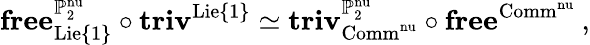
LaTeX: \mathbf{free}_{\mathrm{Lie}\{ 1\} }^{\mathbb{P}_{2}^{\mathrm{nu}}}\circ\mathbf{triv}^{\mathrm{Lie}\{ 1\} }\simeq\mathbf{triv}_{\mathrm{Comm}^{\mathrm{nu}}}^{\mathbb{P}_{2}^{\mathrm{nu}}}\circ\mathbf{free}^{\mathrm{Comm}^{\mathrm{nu}}}\: ,